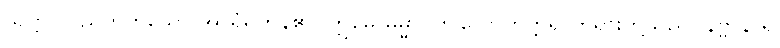
သတ္တဝါပညတ်ဟူသော အာရုံရှိကုန်၏။ ဣမေ ဓမ္မာ၊ ဤလောကုတ္တရာတရားတို့သည်။ နိဗ္ဗာနာရ